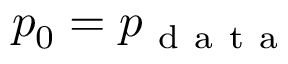
p _ { 0 } = p _ { \mathrm { ~ d ~ a ~ t ~ a ~ } }